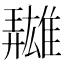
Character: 𩀳